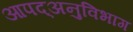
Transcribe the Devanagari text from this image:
आपद्अनुविभाग